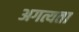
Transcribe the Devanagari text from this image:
अगत्यता